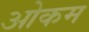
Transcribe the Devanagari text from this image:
ओकम